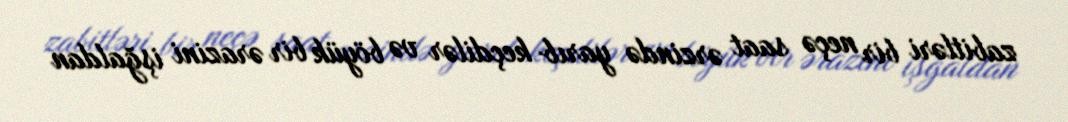
zabitləri bir neçə saat ərzində yarıb keçdilər və böyük bir ərazini işğaldan